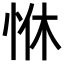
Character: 恘